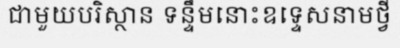
ជាមួយបរិស្ថាន ទន្ទឹមនោះឧទ្ទេសនាមថ្វី